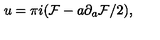
u = \pi i ( { \cal F } - a \partial _ { a } { \cal F } / 2 ) ,